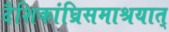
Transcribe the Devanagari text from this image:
दैशिकांघ्रिसमाश्रयात्